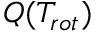
{ Q ( T _ { r o t } ) }